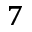
^ 7